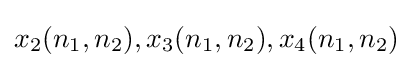
x_{2}(n_{1},n_{2}),x_{3}(n_{1},n_{2}),x_{4}(n_{1},n_{2})